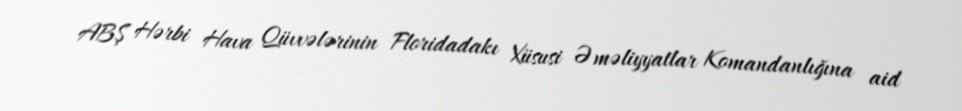
ABŞ Hərbi Hava Qüvvələrinin Floridadakı Xüsusi Əməliyyatlar Komandanlığına aid